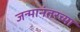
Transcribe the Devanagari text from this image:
जन्मानंतरच्या